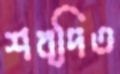
শব্দিত